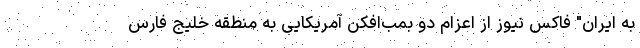
به ایران" فاکس نیوز از اعزام دو بمب‌افکن آمریکایی به منطقه خلیج فارس